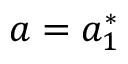
a = a _ { 1 } ^ { * }